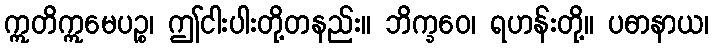
ဣတိဣမေပဉ္စ၊ ဤငါးပါးတို့တနည်း။ ဘိက္ခဝေ၊ ရဟန်းတို့။ ပဓာနာယ၊